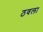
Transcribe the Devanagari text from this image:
ठवला